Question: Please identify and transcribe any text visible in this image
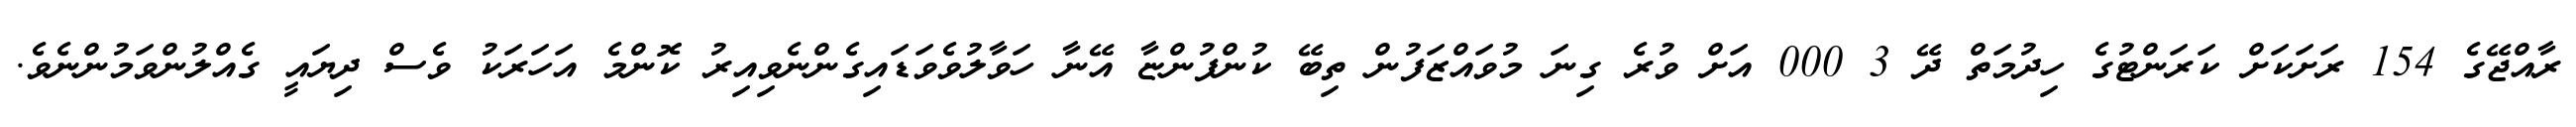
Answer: ރާއްޖޭގެ 154 ރަށަކަށް ކަރަންޓުގެ ހިދުމަތް ދޭ 3 000 އަށް ވުރެ ގިނަ މުވައްޒަފުން ތިބޭ ކުންފުންޏާ އޭނާ ހަވާލުވެވަޑައިގެންނެވިއިރު ކޮންމެ އަހަރަކު ވެސް ދިޔައީ ގެއްލުންވަމުންނެވެ.